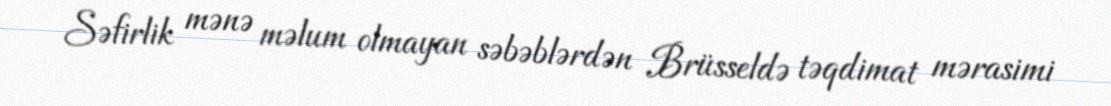
Səfirlik mənə məlum olmayan səbəblərdən Brüsseldə təqdimat mərasimi